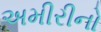
અમીરીનો